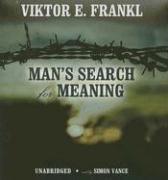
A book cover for Man's Search for Meaning: An Introduction to Logotherapy; Viktor E. Frankl; Biographies & Memoirs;